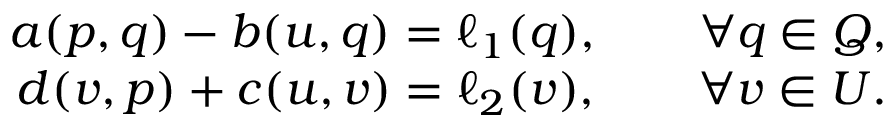
\begin{array} { r l r } & { } & { a ( \boldsymbol { p } , \boldsymbol { q } ) - b ( \boldsymbol { u } , \boldsymbol { q } ) = \ell _ { 1 } ( \boldsymbol { q } ) , \qquad \forall \boldsymbol { q } \in \boldsymbol { Q } , } \\ & { } & { d ( \boldsymbol { v } , \boldsymbol { p } ) + c ( \boldsymbol { u } , \boldsymbol { v } ) = \ell _ { 2 } ( \boldsymbol { v } ) , \qquad \forall \boldsymbol { v } \in \boldsymbol { U } . } \end{array}